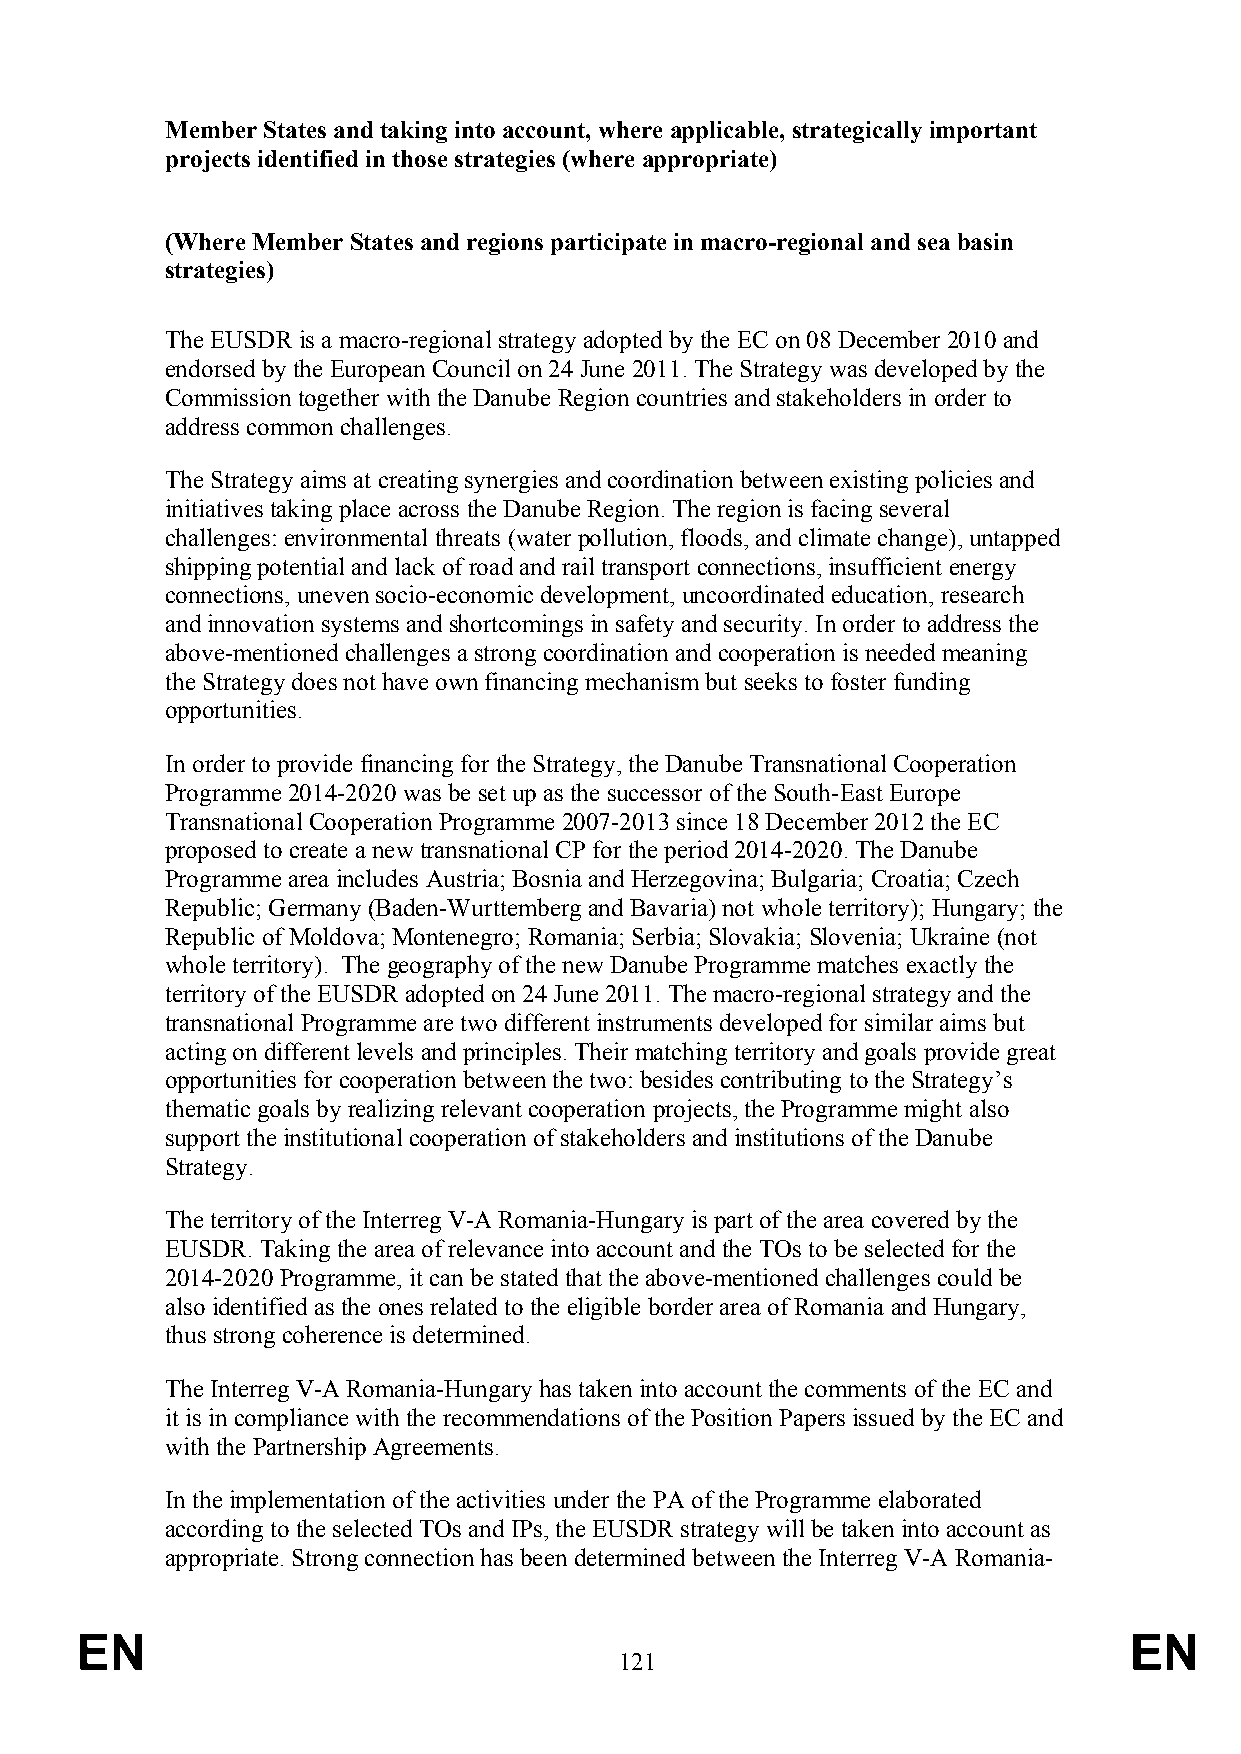
Member States and taking into account, where applicable, strategically important
 projects identified in those strategies (where appropriate)
 (Where Member States and regions participate in macro-regional and sea basin
 strategies)
 The EUSDR is a macro-regional strategy adopted by the EC on 08 December 2010 and
 endorsed by the European Council on 24 June 2011. The Strategy was developed by the
 Commission together with the Danube Region countries and stakeholders in order to
 address common challenges.
 The Strategy aims at creating synergies and coordination between existing policies and
 initiatives taking place across the Danube Region. The region is facing several
 challenges: environmental threats (water pollution, floods, and climate change), untapped
 shipping potential and lack of road and rail transport connections, insufficient energy
 connections, uneven socio-economic development, uncoordinated education, research
 and innovation systems and shortcomings in safety and security. In order to address the
 above-mentioned challenges a strong coordination and cooperation is needed meaning
 the Strategy does not have own financing mechanism but seeks to foster funding
 opportunities.
 In order to provide financing for the Strategy, the Danube Transnational Cooperation
 Programme 2014-2020 was be set up as the successor of the South-East Europe
 Transnational Cooperation Programme 2007-2013 since 18 December 2012 the EC
 proposed to create a new transnational CP for the period 2014-2020. The Danube
 Programme area includes Austria; Bosnia and Herzegovina; Bulgaria; Croatia; Czech
 Republic; Germany (Baden-Wurttemberg and Bavaria) not whole territory); Hungary; the
 Republic of Moldova; Montenegro; Romania; Serbia; Slovakia; Slovenia; Ukraine (not
 whole territory). The geography of the new Danube Programme matches exactly the
 territory of the EUSDR adopted on 24 June 2011. The macro-regional strategy and the
 transnational Programme are two different instruments developed for similar aims but
 acting on different levels and principles. Their matching territory and goals provide great
 opportunities for cooperation between the two: besides contributing to the Strategy’s
 thematic goals by realizing relevant cooperation projects, the Programme might also
 support the institutional cooperation of stakeholders and institutions of the Danube
 Strategy.
 The territory of the Interreg V-A Romania-Hungary is part of the area covered by the
 EUSDR. Taking the area of relevance into account and the TOs to be selected for the
 2014-2020 Programme, it can be stated that the above-mentioned challenges could be
 also identified as the ones related to the eligible border area of Romania and Hungary,
 thus strong coherence is determined.
 The Interreg V-A Romania-Hungary has taken into account the comments of the EC and
 it is in compliance with the recommendations of the Position Papers issued by the EC and
 with the Partnership Agreements.
 In the implementation of the activities under the PA of the Programme elaborated
 according to the selected TOs and IPs, the EUSDR strategy will be taken into account as
 appropriate. Strong connection has been determined between the Interreg V-A Romania-
 EN                                                                    EN
 121